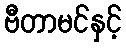
ဗီတာမင်နှင့်